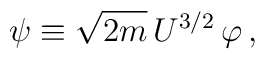
\psi \equiv \sqrt{2m}\,U^{3/2}\,\varphi\, ,